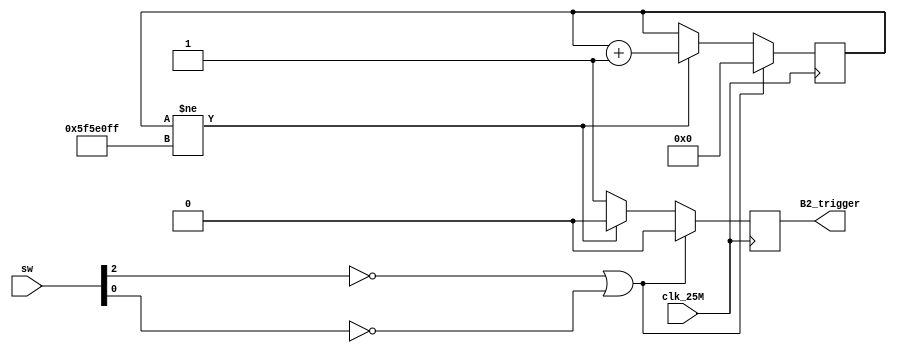
`timescale 1ns / 1ps
//////////////////////////////////////////////////////////////////////////////////
// Company: 
// Engineer: 
// 
// Design Name: 
// Module Name: counter_4s
// Project Name: 
// Target Devices: 
// Tool Versions: 
// Description: 
// 
// Dependencies: 
// 
// Revision:
// Revision 0.01 - File Created
// Additional Comments:
// 
//////////////////////////////////////////////////////////////////////////////////


module counter_4s(
input clk_25M,
    input [15:0] sw,
    output reg B2_trigger
    );
    
    reg [31:0] count = 0;
    
    always @ (posedge clk_25M)
    begin
        if (sw[2] == 0 || sw[0] == 0) begin
            B2_trigger = 0;
            count = 0;
        end
        
        else begin
            
            if (count != 100_000_000 - 1) begin
                count = count + 1;
                B2_trigger = 0;
            end
            
            else begin
                B2_trigger = 1;
            end
                 
        end
    end
endmodule